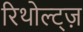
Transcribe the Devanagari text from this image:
रिथोल्ट्ज़